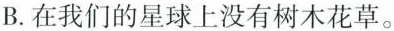
B.在我们的星球上没有树木花草。